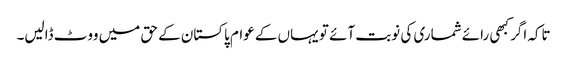
تاکہ اگر کبھی رائے شماری کی نوبت آئے تو یہاں کے عوام پاکستان کے حق میں ووٹ ڈالیں۔